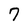
Character: 7